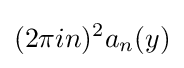
(2\pi in)^{2}a_{n}(y)